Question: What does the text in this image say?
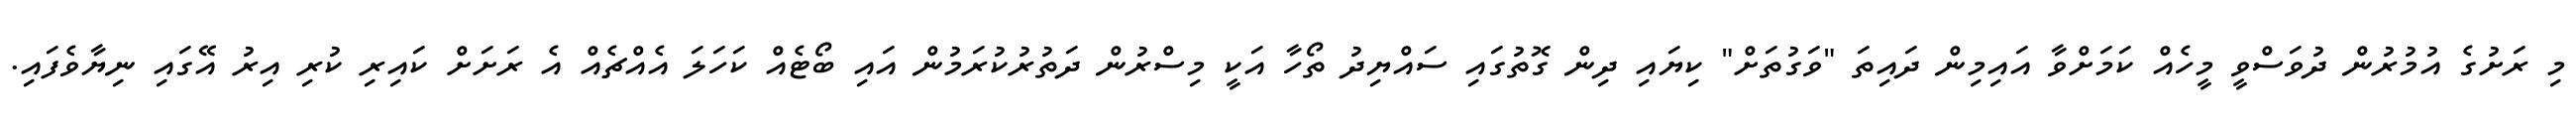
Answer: މި ރަށުގެ އުމުރުން ދުވަސްވީ މީހެއް ކަމަށްވާ އައިމިން ދައިތަ "ވަގުތަށް" ކިޔައި ދިން ގޮތުގައި ސައްޔިދު ތޯހާ އަކީ މިސްރުން ދަތުރުކުރަމުން އައި ބޯޓެއް ކަހަލަ އެއްޗެއް އެ ރަށަށް ކައިރި ކުރި އިރު އޭގައި ނިޔާވެފައި.